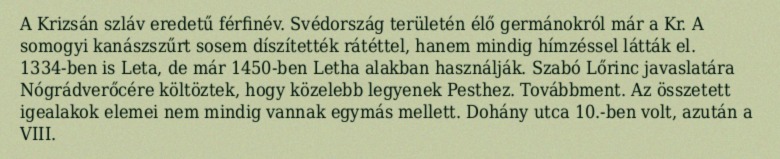
A Krizsán szláv eredetű férfinév. Svédország területén élő germánokról már a Kr. A somogyi kanászszűrt sosem díszítették rátéttel, hanem mindig hímzéssel látták el. 1334-ben is Leta, de már 1450-ben Letha alakban használják. Szabó Lőrinc javaslatára Nógrádverőcére költöztek, hogy közelebb legyenek Pesthez. Továbbment. Az összetett igealakok elemei nem mindig vannak egymás mellett. Dohány utca 10.-ben volt, azután a VIII.